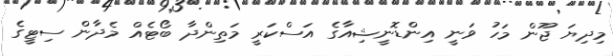
މިދިޔަ ޖޫން މަހު ވަނީ އިންޑޮނީޝިއާގެ އަސްކަރީ މަތިންދާ ބޯޓެއް މެދާން ސިޓީގެ